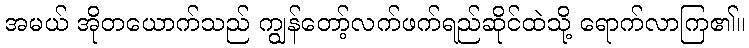
အမယ် အိုတယောက်သည် ကျွန်တော့်လက်ဖက်ရည်ဆိုင်ထဲသို့ ရောက်လာကြ၏။